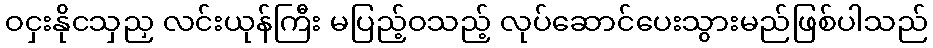
ဝငှးနိုငသှညှ လင်းယုန်ကြီး မပြည့်ဝသည့် လုပ်ဆောင်ပေးသွားမည်ဖြစ်ပါသည်